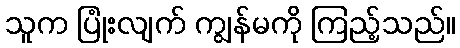
သူက ပြုံးလျက် ကျွန်မကို ကြည့်သည်။